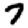
Digit: 7